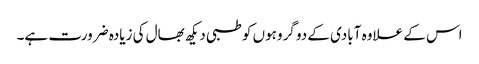
اس کے علاوہ آبادی کے دو گروہوں کو طبی دیکھ بھال کی زیادہ ضرورت ہے۔